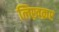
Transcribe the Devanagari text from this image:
लिख्रक्रर